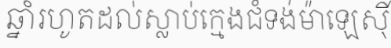
ឆ្នាំរហូតដល់ស្លាប់ក្មេងជំទង់ម៉ាឡេស៊ី